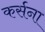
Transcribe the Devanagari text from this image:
कर्सना